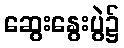
ဆွေးနွေးပွဲ၌